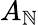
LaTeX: A_{\mathbb{N}}